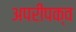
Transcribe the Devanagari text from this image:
अपरीपक्व